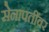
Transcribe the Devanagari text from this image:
सेनापतींवर